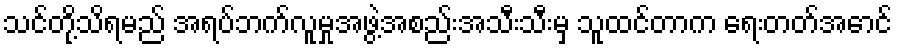
သင်တို့သိရမည် အရပ်ဘက်လူမှုအဖွဲ့အစည်းအသီးသီးမှ သူထင်တာက ရေးတတ်အောင်